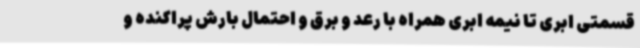
قسمتی ابری تا نیمه ابری همراه با رعد و برق و احتمال بارش پراکنده و